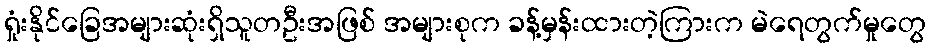
ရှုံးနိုင်ခြေအများဆုံးရှိသူတဦးအဖြစ် အများစုက ခန့်မှန်းထားတဲ့ကြားက မဲရေတွက်မှုတွေ